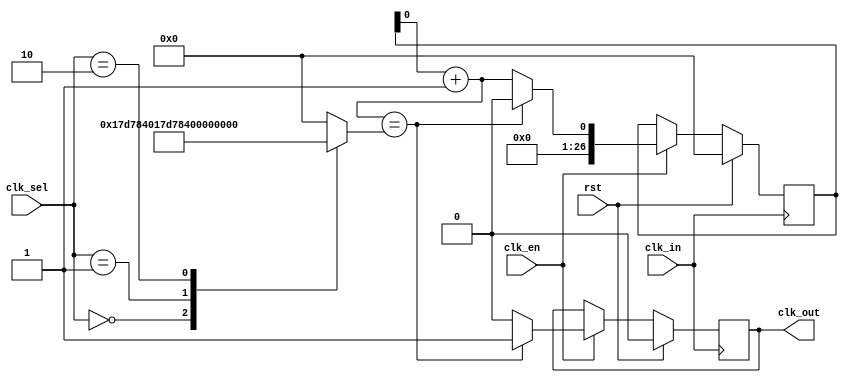
module divider(clk_sel, clk_in, rst, clk_en, clk_out);

parameter clk_sel_1hz = 2'b00;
parameter clk_sel_flash = 2'b01;
parameter clk_sel_display = 2'b10;

reg [26:0] count_max;

input [1:0] clk_sel;
input clk_in;  //100MHZ
input rst;
input clk_en;

output reg clk_out;

reg [26:0] count;


//increment wire
wire count_inc;
assign count_inc = count + 1;

initial begin
	count <= 0;
	clk_out <= 0;

	case(clk_sel)
		clk_sel_1hz: 		count_max <=  100000000;  //1hz
		clk_sel_flash: 		count_max <= 50000000;  //2hz
		clk_sel_display: 	count_max <= 200000;  //500hz
		default:		count_max <= 0;
	endcase
end

always@(posedge clk_in) begin
	if (rst) begin
		count  <= 0;
		clk_out <= 0;
	end
	else if (clk_en) begin
		if (count_inc == count_max) begin
			clk_out = 1;
			count = 0;
		end
		else begin
			clk_out = 0;
			count = count_inc;
		end
	end
end

endmodule